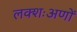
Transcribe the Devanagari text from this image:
लक्शःअणों